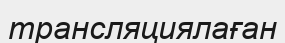
трансляциялаған